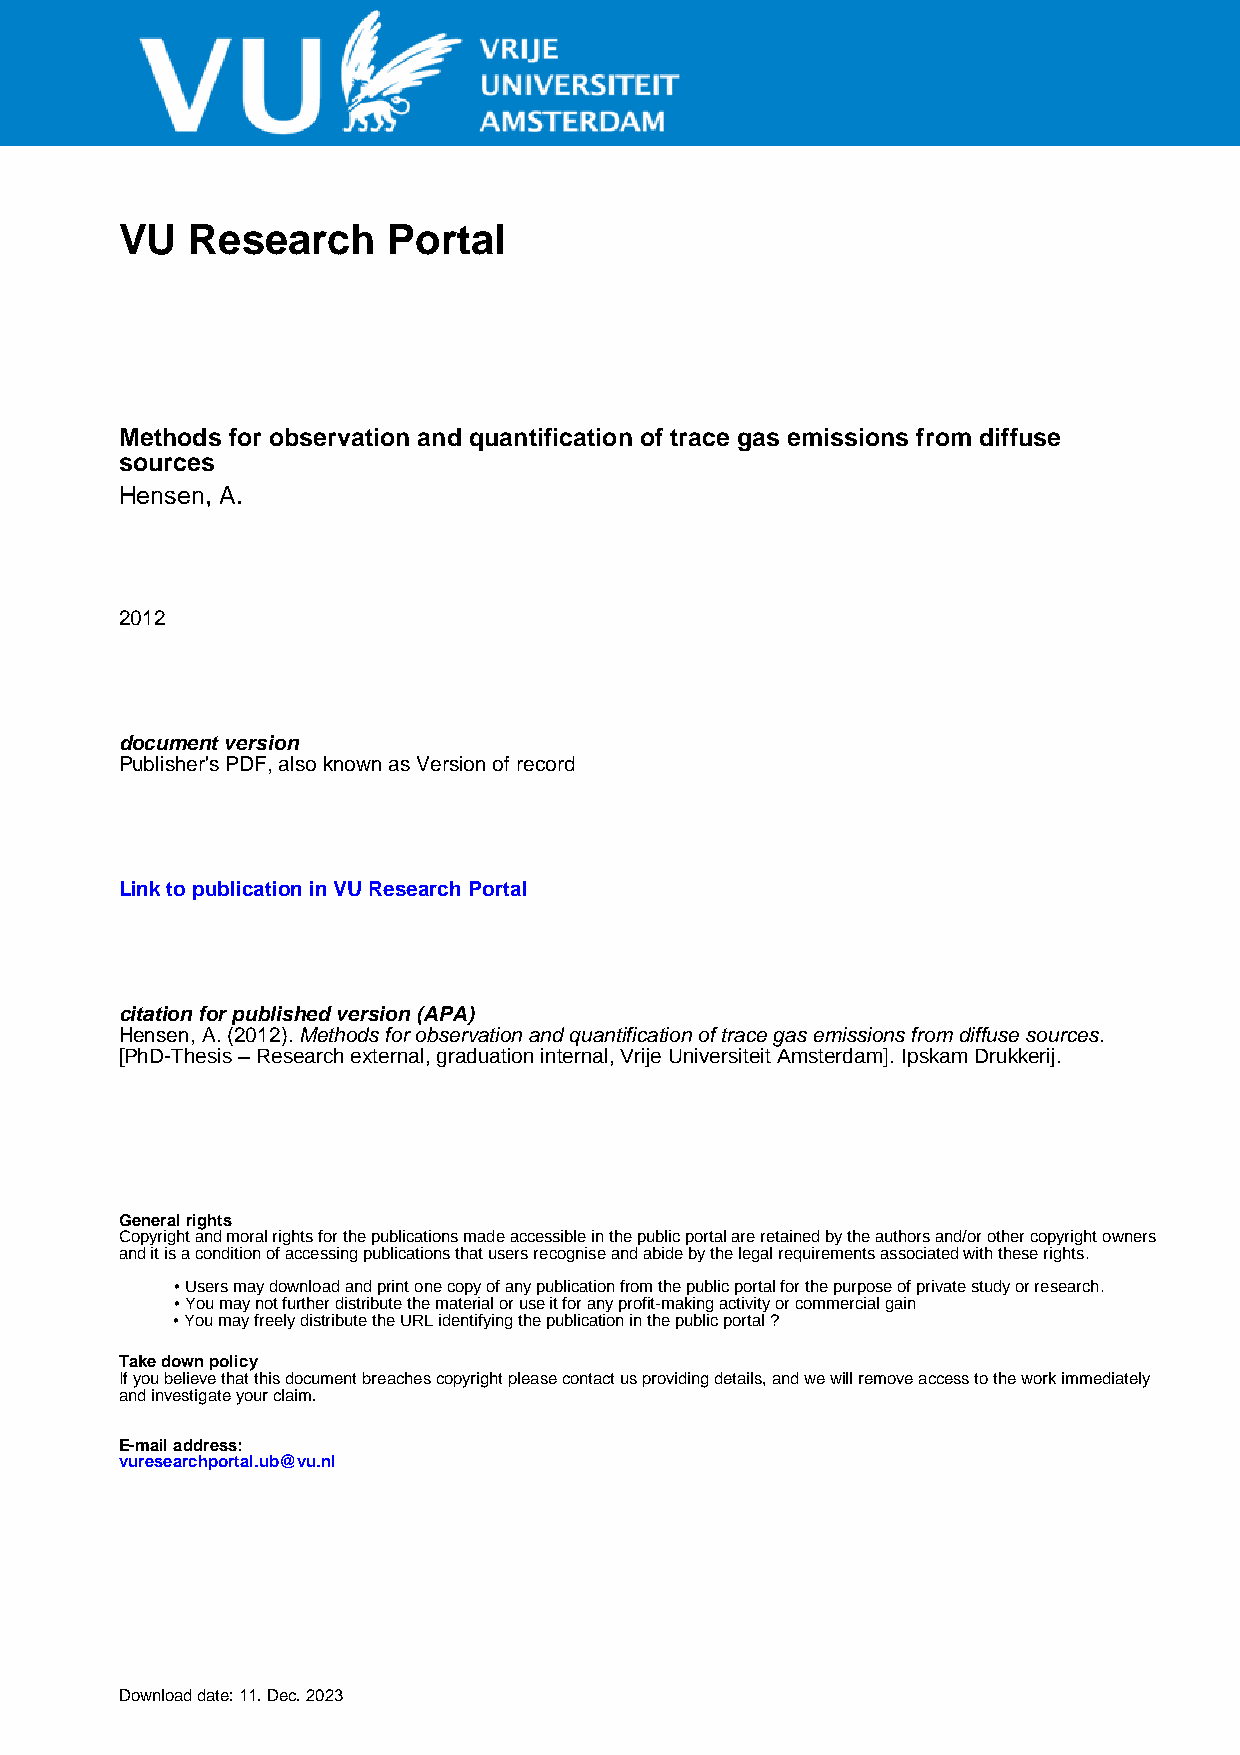
VU  Research      Portal
 Methods for observation and quantification of trace gas emissions from diffuse
 sources
 Hensen, A.
 2012
 document version
 Publisher's PDF, also known as Version of record
 Link to publication in VU Research Portal
 citation for published version (APA)
 Hensen, A. (2012). Methods for observation and quantification of trace gas emissions from diffuse sources.
 [PhD-Thesis – Research external, graduation internal, Vrije Universiteit Amsterdam]. Ipskam Drukkerij.
 General rights
 Copyright and moral rights for the publications made accessible in the public portal are retained by the authors and/or other copyright owners
 and it is a condition of accessing publications that users recognise and abide by the legal requirements associated with these rights.
 • Users may download and print one copy of any publication from the public portal for the purpose of private study or research.
 • You may not further distribute the material or use it for any profit-making activity or commercial gain
 • You may freely distribute the URL identifying the publication in the public portal ?
 Take down policy
 If you believe that this document breaches copyright please contact us providing details, and we will remove access to the work immediately
 and investigate your claim.
 E-mail address:
 vuresearchportal.ub@vu.nl
 Download date: 11. Dec. 2023